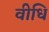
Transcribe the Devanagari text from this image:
वीधि